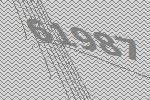
61987